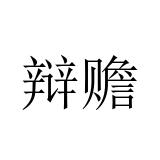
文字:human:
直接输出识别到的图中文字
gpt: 辩赡